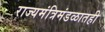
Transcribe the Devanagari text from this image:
राज्यमंत्रिमंडळातही